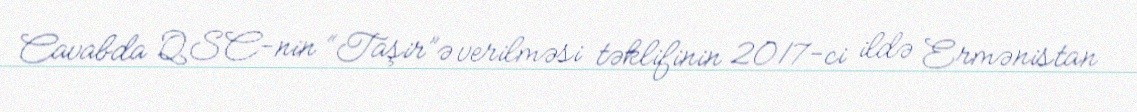
Cavabda QSC-nin “Taşir”ə verilməsi təklifinin 2017-ci ildə Ermənistan